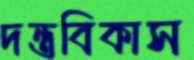
দন্তবিকাস